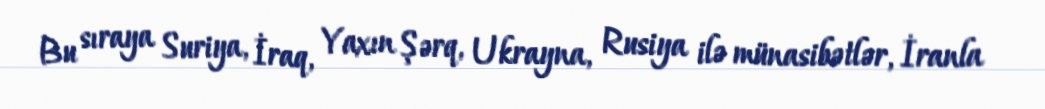
Bu sıraya Suriya, İraq, Yaxın Şərq, Ukrayna, Rusiya ilə münasibətlər, İranla